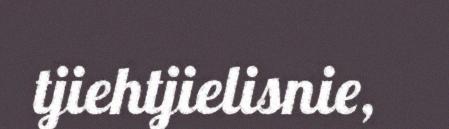
tjiehtjielisnie,